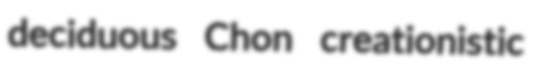
deciduous Chon creationistic